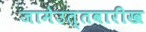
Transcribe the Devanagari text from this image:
जामेउत्तवारीख